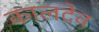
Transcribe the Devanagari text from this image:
कालदेव